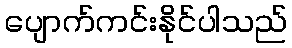
ပျောက်ကင်းနိုင်ပါသည်